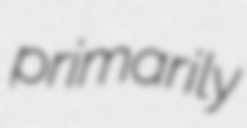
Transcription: primarily